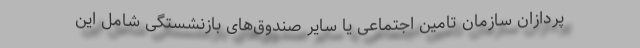
پردازان سازمان تامین اجتماعی یا سایر صندوق‌های بازنشستگی شامل این